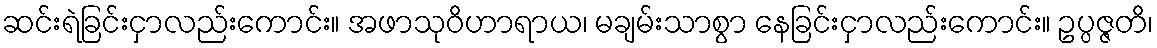
ဆင်းရဲခြင်းငှာလည်းကောင်း။ အဖာသုဝိဟာရာယ၊ မချမ်းသာစွာ နေခြင်းငှာလည်းကောင်း။ ဥပ္ပဇ္ဇတိ၊